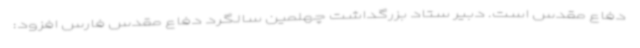
دفاع مقدس است. دبیر ستاد بزرگداشت چهلمین سالگرد دفاع مقدس فارس افزود: